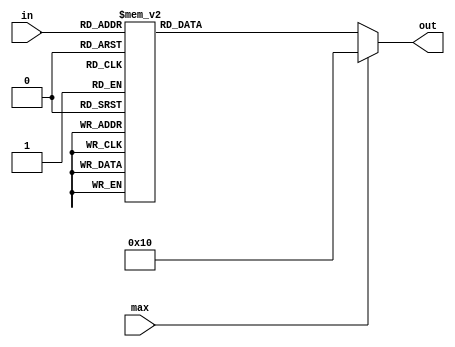
//BCD
//
//MAX9
/*
in	-> BCD
max	-> fare_total

out	-> 
*/
module bcd_seg_disp (
	input wire [3:0] in,
	input wire max,
	
	output reg [6:0] out
);

always@(*)begin
	//9
	if (max) begin
		out <= 7'b0010000;
	end
	//0-9BCD
	else begin
		case (in)
			4'b0000:
				out <= 7'b1000000;
			4'b0001:
				out <= 7'b1111001;
			4'b0010:
				out <= 7'b0100100;
			4'b0011:
				out <= 7'b0110000;
			4'b0100:
				out <= 7'b0011001;
			4'b0101:
				out <= 7'b0010010;
			4'b0110:
				out <= 7'b0000010;
			4'b0111:
				out <= 7'b1111000;
			4'b1000:
				out <= 7'b0000000;
			4'b1001:
				out <= 7'b0010000;
			default:
				out <= 7'b1111111;
		endcase
	end
end

endmodule